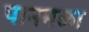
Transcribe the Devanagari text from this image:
पानमळा